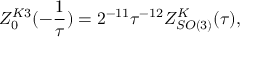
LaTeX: Z _ { 0 } ^ { K 3 } ( - \frac { 1 } { \tau } ) = 2 ^ { - 1 1 } \tau ^ { - 1 2 } Z _ { S O ( 3 ) } ^ { K } ( \tau ) ,